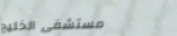
مستشفى الخليج